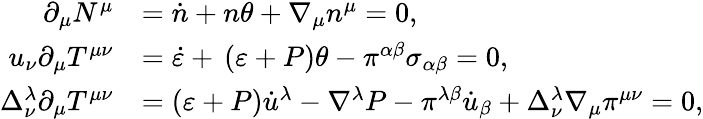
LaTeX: \begin{array}{rl}{\partial_{\mu}N^{\mu}}&{=\dot{n}+n\theta+\nabla_{\mu}n^{\mu}=0,}\\ {u_{\nu}\partial_{\mu}T^{\mu\nu}}&{=\dot{\varepsilon}+\, \left(\varepsilon+P\right)\theta-\pi^{\alpha\beta}\sigma_{\alpha\beta}=0,}\\ {\Delta_{\nu}^{\lambda}\partial_{\mu}T^{\mu\nu}}&{=\left(\varepsilon+P\right)\dot{u}^{\lambda}-\nabla^{\lambda}P-\pi^{\lambda\beta}\dot{u}_{\beta}+\Delta_{\nu}^{\lambda}\nabla_{\mu}\pi^{\mu\nu}=0,}\end{array}